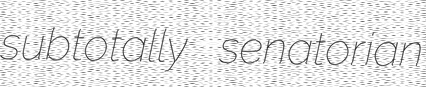
subtotally senatorian